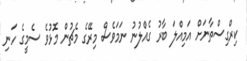
ކިރްގިސްތާނަށް އަމިއްލަ ބާރު ގެއްލުނު ނަމަވެސް މިރޭގެ މެޗުން މޮޅުވެ ސެމީގެ ހަނި